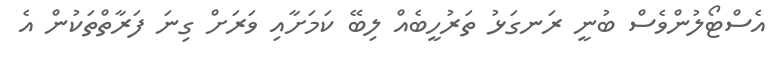
އެސްޓޯލުންވެސް ބުނީ ރަނގަޅު ތަރުހީބެއް ލިބޭ ކަމަށާއި ވަރަށް ގިނަ ފަރާތްތަކުން އެ